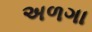
અળગા